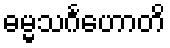
ဓမ္မသင်္ဂဟောတိ